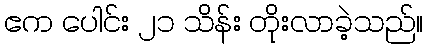
ဧက ပေါင်း ၂၁ သိန်း တိုးလာခဲ့သည်။